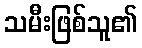
သမီးဖြစ်သူ၏